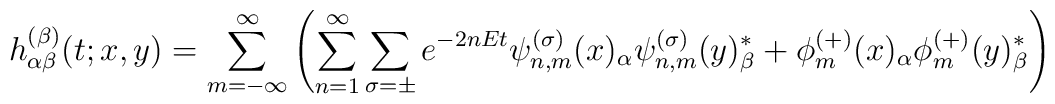
h^{(\beta)}_{\alpha\beta}(t;x,y) = \sum_{m=-\infty}^\infty  \left(\sum_{n=1}^{\infty}\sum_{\sigma=\pm}e^{-2nE t}{\psi_{n,m}^{(\sigma)}(x)_{\alpha} {\psi}_{n,m}^{(\sigma)}(y)_{\beta}^{*}}+ \phi_m^{(+)}(x)_\alpha \phi_m^{(+)}(y)_\beta^{*}\right)